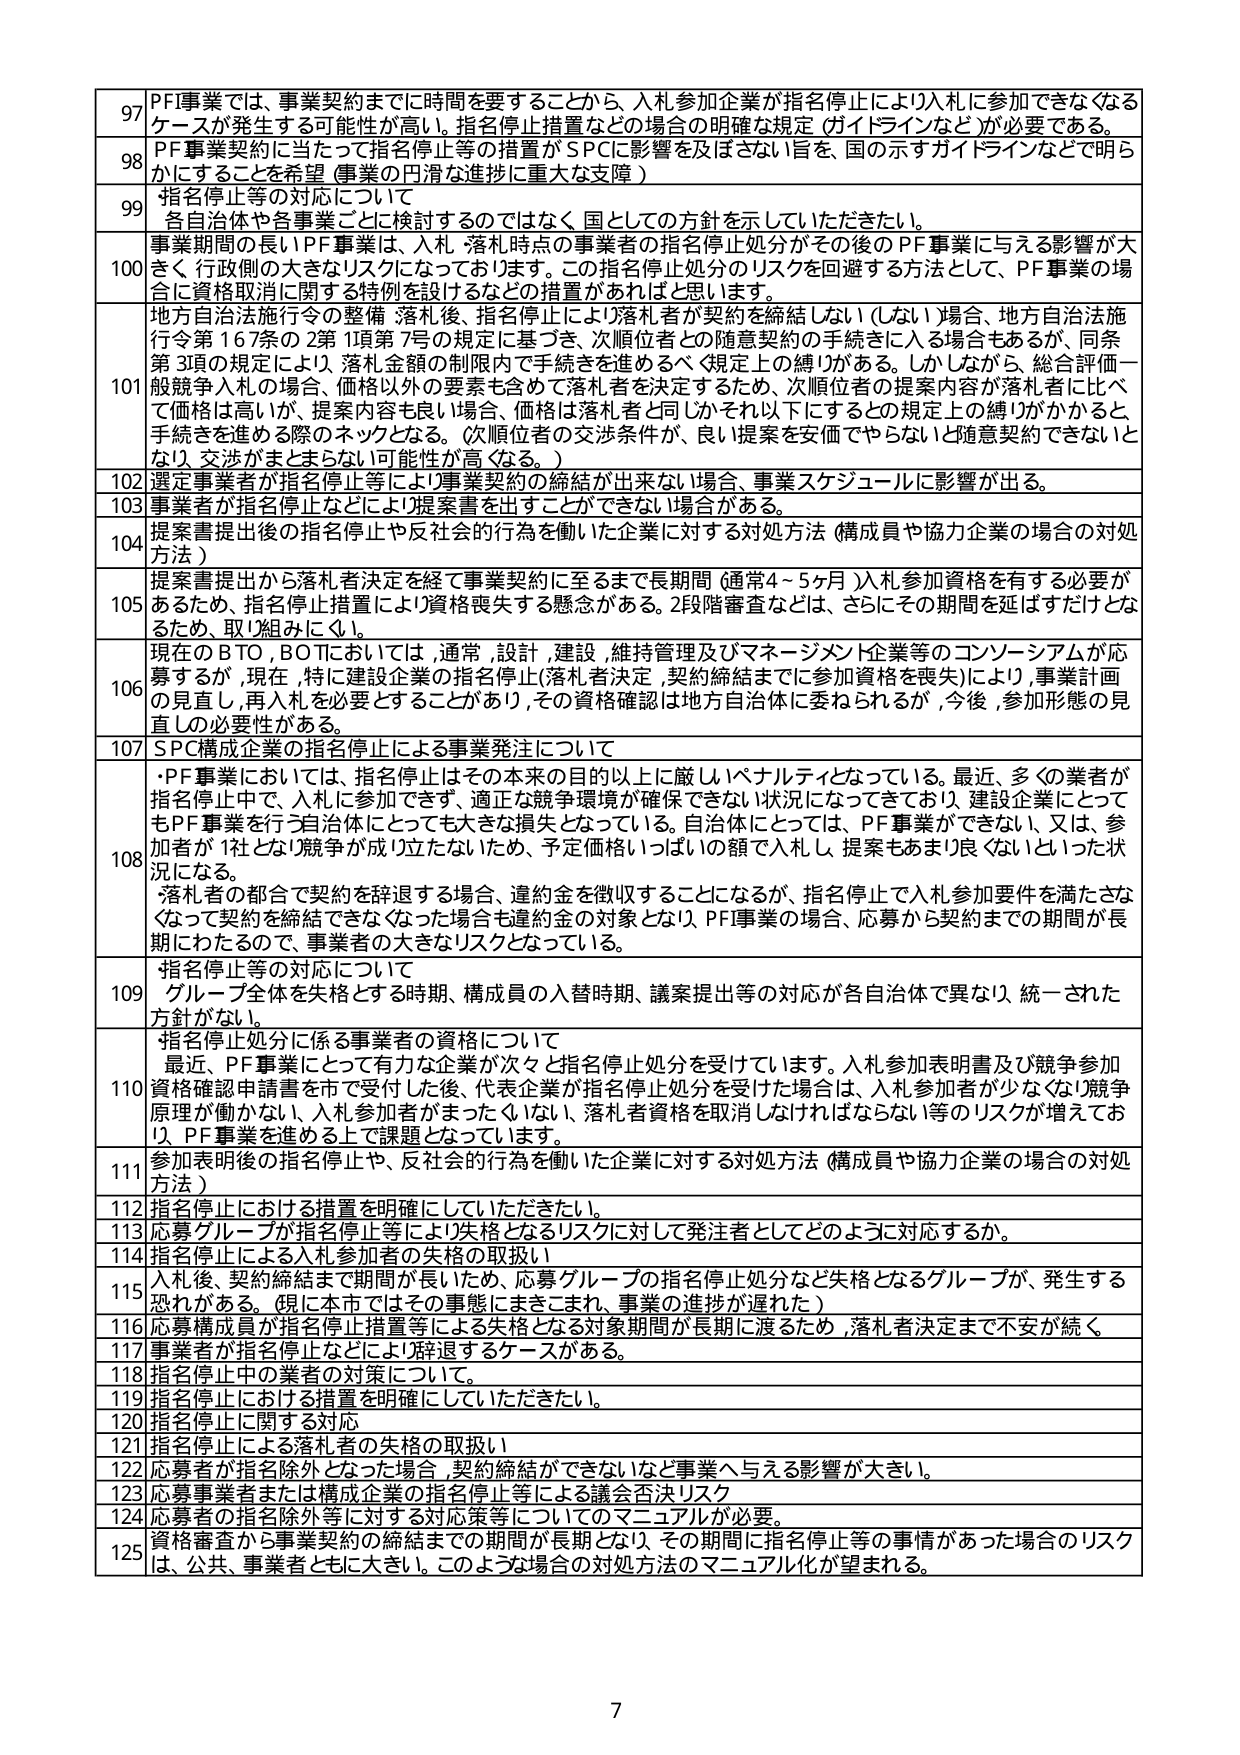
97 PF事業では、事業契約までに時間を要することから、入札参加企業が指名停止により入札に参加できなくなるケースが発生する可能性が高い。指名停止措置などの場合の明確な規定（ガイドラインなど）が必要である。

98 PF事業契約に当たって指名停止等の措置がSPCに影響を及ぼさない旨を、国の示すガイドラインなどで明らかにすることを希望（事業の円滑な進捗に重大な支障）

99 指名停止等の対応について
各自治体や各事業ごとに検討するのではなく、国としての方針を示していただきたい。

100 事業期間の長いPF事業は、入札・落札時点の事業者の指名停止処分がその後のPF事業に与える影響が大きく、行政側の大きなリスクになっております。この指名停止処分のリスクを回避する方法として、PF事業の場合に資格取消に関する特例を設けるなどの措置があればと思います。

101 地方自治法施行令の整備・落札後、指名停止により落札者が契約を締結しない（しない）場合、地方自治法施行令第167条の2第1項第7号の規定に基づき、次順位者との随意契約の手続きに入る場合もあるが、同条第3項の規定により、落札金額の制限内で手続きを進めるべく（規定上の縛り）がある。しかしながら、総合評価一般競争入札の場合、価格以外の要素も含めて落札者を決定するため、次順位者の提案内容が落札者に比べて価格は高いが、提案内容も良い場合、価格は落札者と同じかそれ以下にするとその規定上の縛りがかかると手続きを進める際のネックとなる。（次順位者の交渉条件が、良い提案を安価でやらないと随意契約できないとなり、交渉がまとまらない可能性が高くなる。）

102 選定事業者が指名停止等により事業契約の締結が出来ない場合、事業スケジュールに影響が出る。

103 事業者が指名停止などにより提案書を出すことができない場合がある。

104 提案書提出後の指名停止や反社会的行為を働いた企業に対する対処方法（構成員や協力企業の場合の対処方法）

105 提案書提出から落札者決定を経て事業契約に至るまで長期間（通常4～5ヶ月）入札参加資格を有する必要があるため、指名停止措置により資格喪失する懸念がある。2段階審査などは、さらにその期間を延ばすだけとなるため、取り組みにくい。

106 現在のBTO、BOTにおいては、通常、設計、建設、維持管理及びマネージメント企業等のコンソーシアムが応募するが、現在、特に建設企業の指名停止（落札者決定、契約締結までに参加資格を喪失）により、事業計画の見直し、再入札を必要とすることがあり、その資格確認は地方自治体に委ねられるが、今後、参加形態の見直しの必要性がある。

107 SPC構成企業の指名停止による事業発注について

108 ・PF事業においては、指名停止はその本来の目的以上に厳しいペナルティとなっている。最近、多くの業者が指名停止中で、入札に参加できず、適正な競争環境が確保できない状況になっており、建設企業にとってもPF事業を行う自治体にとっても大きな損失となっている。自治体にとっては、PF事業ができない、又は、参加者が1社となり競争が成立しないため、予定価格いっぱいの額で入札し、提案もあまり良くないといった状況になる。
・落札者の都合で契約を辞退する場合、違約金を徴収することになるが、指名停止で入札参加要件を満たさなくなって契約を締結できなくなった場合も違約金の対象となり、PFI事業の場合、応募から契約までの期間が長期にわたるので、事業者の大きなリスクとなっている。

109 指名停止等の対応について
グループ全体を失格とする時期、構成員の入替時期、議案提出等の対応が各自治体で異なり、統一された方針がない。

110 指名停止処分に係る事業者の資格について
最近、PF事業にとって有力な企業が次々と指名停止処分を受けています。入札参加表明書及び競争参加資格確認申請書を递交した後、代表企業が指名停止処分を受けた場合は、入札参加者が少ない（競争原理が働かない）、入札参加者がまったくいない、落札者資格を取消しなければならない等のリスクが増えており、PF事業を進める上で課題となっています。

111 参加表明後の指名停止や、反社会的行為を働いた企業に対する対処方法（構成員や協力企業の場合の対処方法）

112 指名停止における措置を明確にしていただきたい。

113 応募グループが指名停止等により失格となるリスクに対して発注者としてどのように対応するか。

114 指名停止による入札参加者の失格の取扱い

115 入札後、契約締結まで期間が長いため、応募グループの指名停止処分など失格となるグループが、発生する恐れがある。（現在本市ではその事態にまきこまれ、事業の進捗が遅れた）

116 応募構成員が指名停止措置等による失格となる対象期間が長期に渡るため、落札者決定まで不安が続く。

117 事業者が指名停止などにより辞退するケースがある。

118 指名停止中の業者の対策について。

119 指名停止における措置を明確にしていただきたい。

120 指名停止に関する対応

121 指名停止による落札者の失格の取扱い

122 応募者が指名除外となった場合、契約締結ができないなど事業へ与える影響が大きい。

123 応募事業者または構成企業の指名停止等による議会否決リスク

124 応募者の指名除外等に対する対応策等についてのマニュアルが必要。

125 資格審査から事業契約の締結までの期間が長期となり、その期間に指名停止等の事情があった場合のリスクは、公共、事業者ともに大きい。このような場合の対処方法のマニュアル化が望まれる。

7